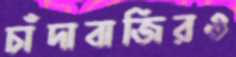
চাঁদাবাজিরও